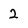
Character: 2